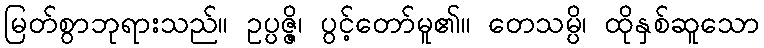
မြတ်စွာဘုရားသည်။ ဥပ္ပဇ္ဇိ၊ ပွင့်တော်မူ၏။ တေသမ္ပိ၊ ထိုနှစ်ဆူသော